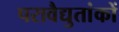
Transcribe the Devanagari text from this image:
परावैद्युतांकों